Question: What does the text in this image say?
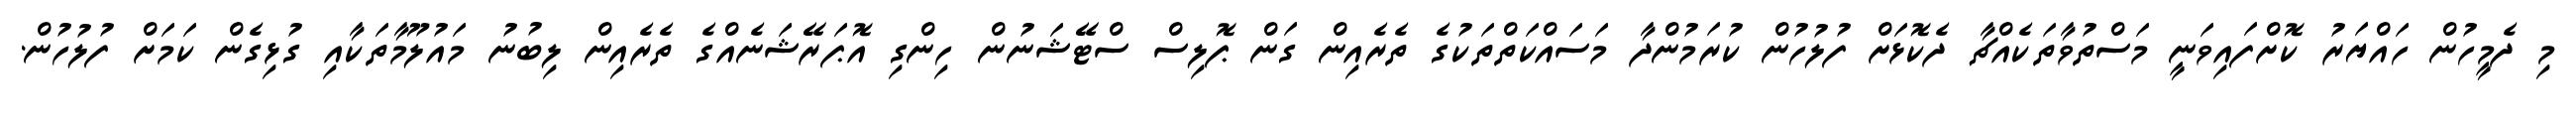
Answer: މި ދެމީހުން ހައްޔަރު ކޮށްފައިވަނީ މަސްތުވާތަކެއްޗާ ދެކޮޅަށް ފުލުހުން ކުރަމުންދާ މަސައްކަތްތަކުގެ ތެރެއިން ގަން ޕޮލިސް ސްޓޭޝަނުން ހިންގި އޮޕަރޭޝަނެއްގެ ތެރެއިން ލިބުނު މައުލޫމާތަކާއި ގުޅިގެން ކަމަށް ފުލުހުން.